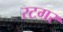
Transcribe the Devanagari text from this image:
रटगर